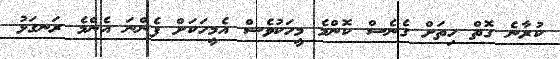
ކުރާނެ ގޮތް ހިތަށް ގެނެސް ކޮންމެ މީހަކުވެސް އެމީހަކަށް ފެންނަ އެންމެ ރަނގަޅު